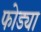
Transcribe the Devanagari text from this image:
फोड्या